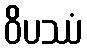
ဝိပဿံ